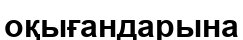
оқығандарына